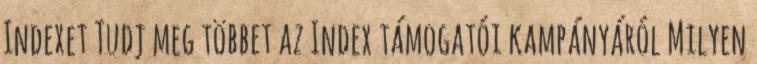
Indexet Tudj meg többet az Index támogatói kampányáról Milyen